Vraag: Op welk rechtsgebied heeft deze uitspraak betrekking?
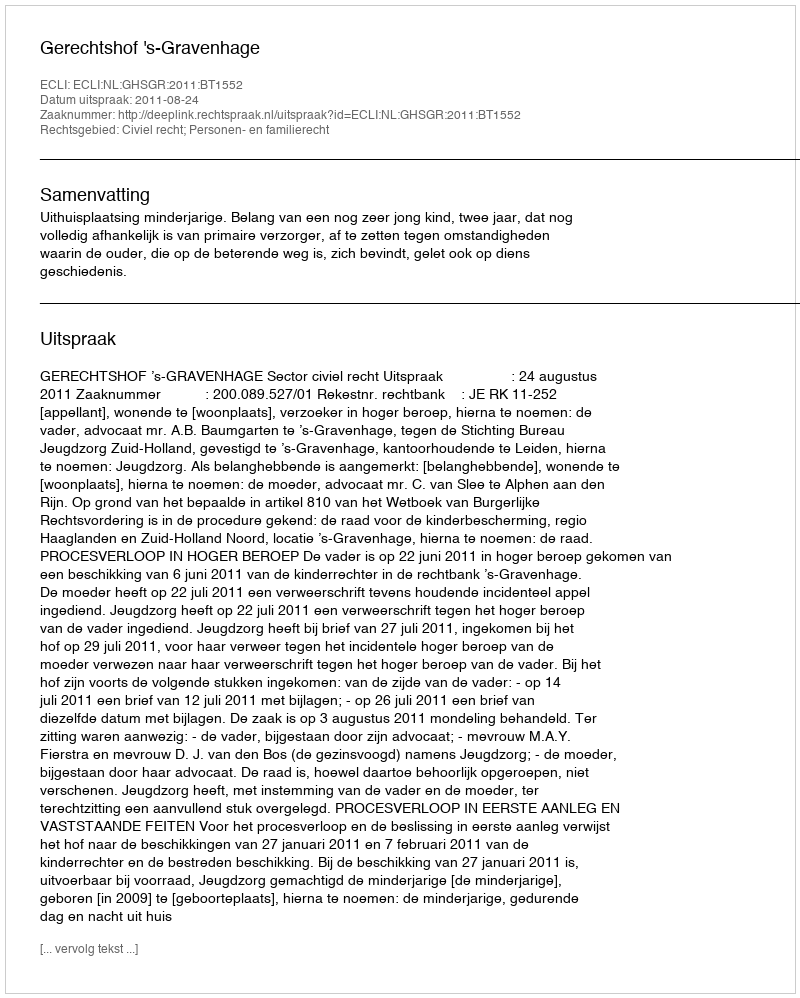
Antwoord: Civiel recht; Personen- en familierecht